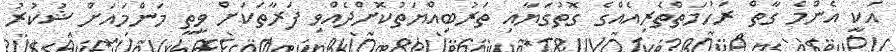
އަކީ އެންމެ ގާތް ރަހުމަތްތެރިއެއްގެ ގޮތުގަޔާއި ތަރުބިއްޔަތުކޮށްދެއްވި ފަރާތަކަށް ވީތީ މަންމައަށް ޝުކުރު